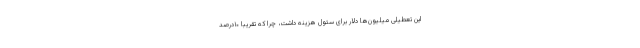
این تعطیلی میلیون‌ها دلار برای سئول هزینه داشت، چرا که تقریباً ۱۰درصد